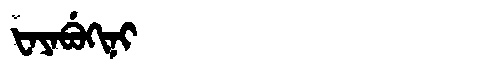
Manchu: ᡶᠠᠶᠠᠪᡠᡴᡳᠨᡳ
Romanization: FAYABUKINI